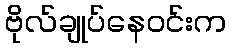
ဗိုလ်ချုပ်နေဝင်းက